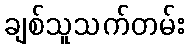
ချစ်သူသက်တမ်း